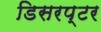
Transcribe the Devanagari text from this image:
डिसरप्टर